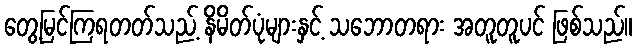
တွေ့မြင်ကြရတတ်သည့် နိမိတ်ပုံများနှင့် သဘောတရား အတူတူပင် ဖြစ်သည်။